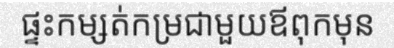
ផ្ទះកម្សត់កម្រជាមួយឪពុកមុន